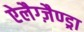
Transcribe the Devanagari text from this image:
ऐलैग्ज़ैण्ड्रा